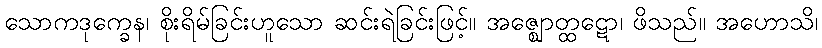
သောကဒုက္ခေန၊ စိုးရိမ်ခြင်းဟူသော ဆင်းရဲခြင်းဖြင့်။ အဇ္ဈောတ္ထဋော၊ ဖိသည်။ အဟောသိ၊